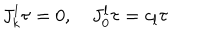
LaTeX: J _ { k } ^ { l } \tau = 0 , \quad J _ { 0 } ^ { l } \tau = c _ { l } \tau